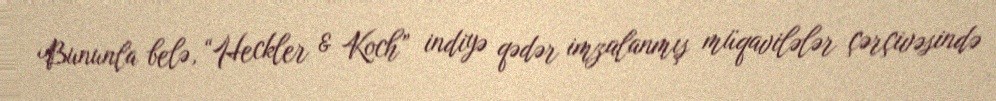
Bununla belə, “Heckler & Koch” indiyə qədər imzalanmış müqavilələr çərçivəsində